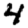
Digit: 4